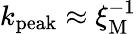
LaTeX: k_{\mathrm{peak}}\approx\xi_{\mathrm{M}}^{-1}